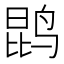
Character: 鹍